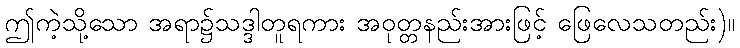
ဤကဲ့သို့သော အရာ၌သဒ္ဒါတူရကား အဝုတ္တနည်းအားဖြင့် ဖြေလေသတည်း)။